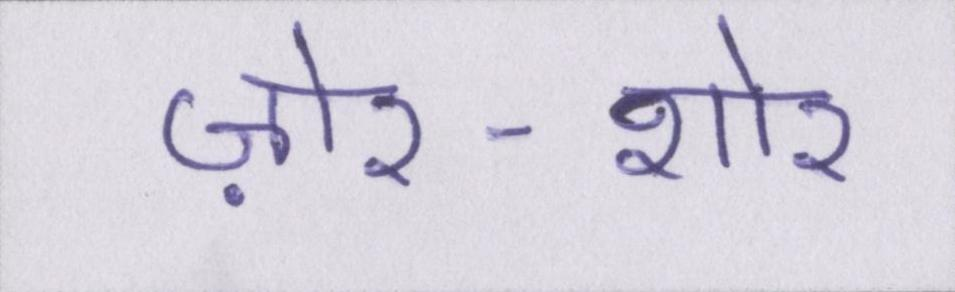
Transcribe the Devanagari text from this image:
ज़ोर-शोर